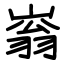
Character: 嵡